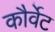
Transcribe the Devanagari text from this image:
कौर्वेट